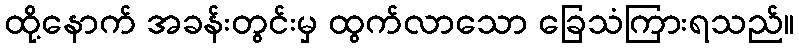
ထို့နောက် အခန်းတွင်းမှ ထွက်လာသော ခြေသံကြားရသည်။